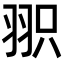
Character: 𦐖